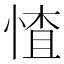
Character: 𱞬